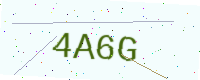
Text: 4A6G